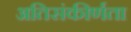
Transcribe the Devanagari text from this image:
अतिसंकीर्णता